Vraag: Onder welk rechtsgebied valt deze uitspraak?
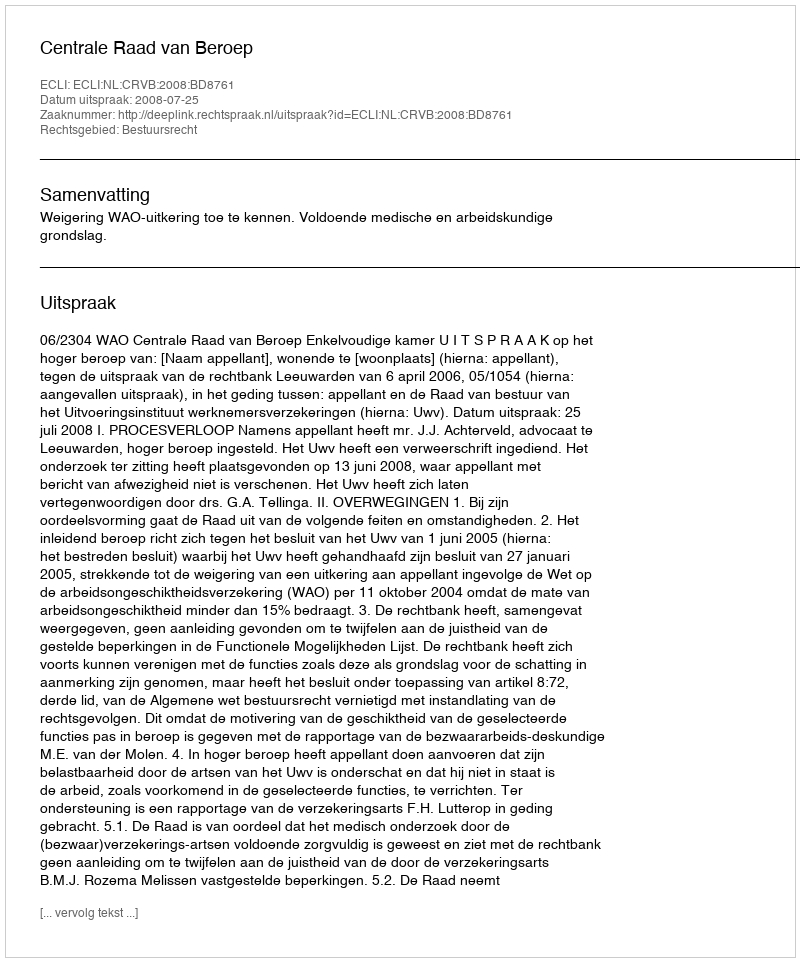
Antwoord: Bestuursrecht